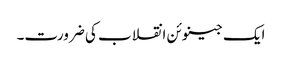
ایک جینوئن انقلاب کی ضرورت۔